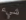
شيء